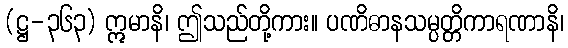
(ဋ္ဌ-၃၆၃) ဣမာနိ၊ ဤသည်တို့ကား။ ပဏိဓာနသမ္ပတ္တိကာရဏာနိ၊